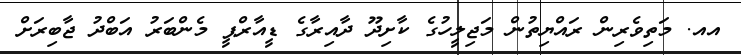
އއ. މަތިވެރިން ރައްޔިތުން މަޖިލީހުގެ ކާށިދޫ ދާއިރާގެ ޑީއާރްޕީ މެންބަރު އަބްދު ޖާބިރަށް